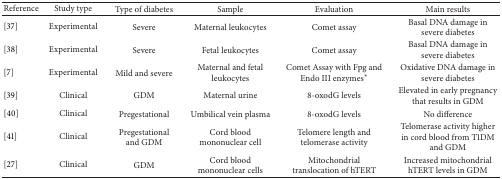
| Reference | Study type | Type of diabetes | Sample | Evaluation | Main results |
 | --- | --- | --- | --- | --- | --- |
 | [37] | Experimental | Severe | Maternal leukocytes | Comet assay | Basal DNA damage in severe diabetes |
 | [38] | Experimental | Severe | Fetal leukocytes | Comet assay | Basal DNA damage in severe diabetes |
 | [7] | Experimental | Mild and severe | Maternal and fetal leukocytes | Comet Assay with Fpg and Endo III enzymes∗ | Oxidative DNA damage in severe diabetes |
 | [39] | Clinical | GDM | Maternal urine | 8-oxodG levels | Elevated in early pregnancy that results in GDM |
 | [40] | Clinical | Pregestational | Umbilical vein plasma | 8-oxodG levels | No difference |
 | [41] | Clinical | Pregestational and GDM | Cord blood mononuclear cell | Telomere length and telomerase activity | Telomerase activity higher in cord blood from T1DM and GDM |
 | [27] | Clinical | GDM | Cord blood mononuclear cells | Mitochondrial translocation of hTERT | Increased mitochondrial hTERT levels in GDM |